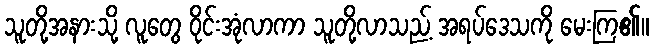
သူတို့အနားသို့ လူတွေ ဝိုင်းအုံလာကာ သူတို့လာသည့် အရပ်ဒေသကို မေးကြ၏။